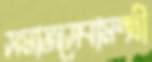
সমাজসেবামন্ত্রী